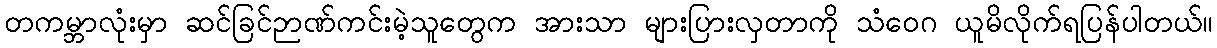
တကမ္ဘာလုံးမှာ ဆင်ခြင်ဉာဏ်ကင်းမဲ့သူတွေက အားသာ များပြားလှတာကို သံဝေဂ ယူမိလိုက်ရပြန်ပါတယ်။